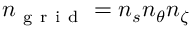
{ n _ { \mathrm { ~ g ~ r ~ i ~ d ~ } } } = { n _ { s } } { n _ { \theta } } { n _ { \zeta } }